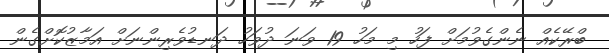
ބްރޭކެއް ނެންގެވުމަށް ފަހު މި މަހު 19 ވަނަ ދުވަހު ދަނޑުވެރިންނަށް އަމާޒުކޮށްގެން